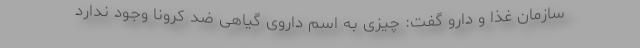
سازمان غذا و دارو گفت: چیزی به اسم داروی گیاهی ضد کرونا وجود ندارد